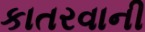
કાતરવાની